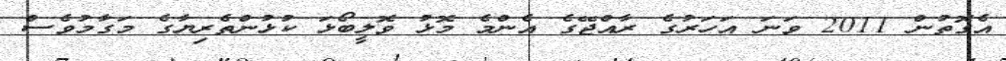
އެގޮތުން 2011 ވަނަ އަހަރުގެ ރާއްޖޭގެ އެންމެ މޮޅު ވޮލީބޯޅަ ކުޅުންތެރިޔާގެ މަގާމުވެސް